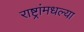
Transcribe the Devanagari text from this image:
राष्ट्रांमधल्या